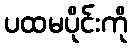
ပထမပိုင်းကို